Civil Veterinary Department Bihar & Orissa reports 1929-36 - 1929-1936
Year: 1929
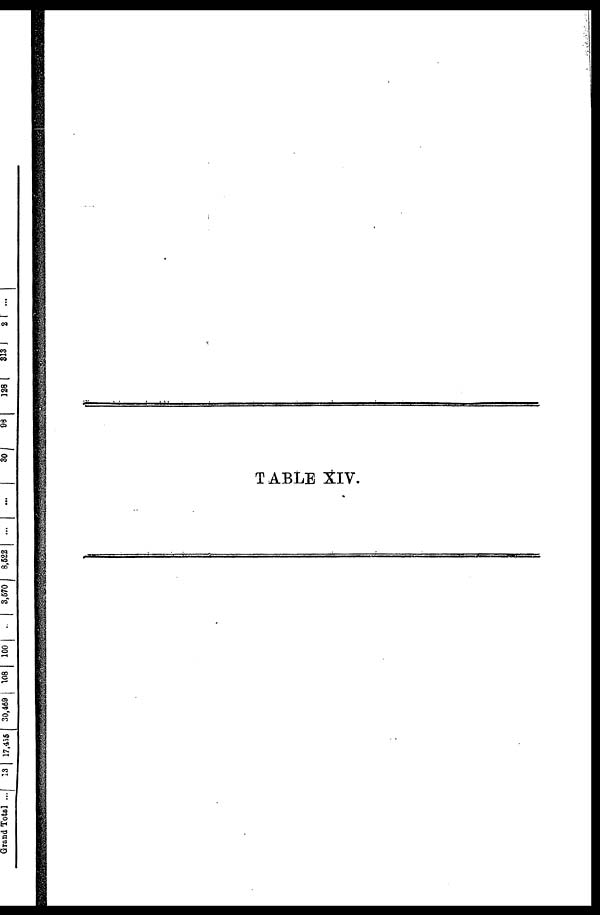
TABLE XIV.